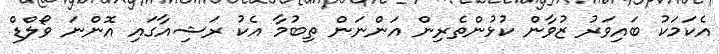
އެކަމަކު ބައިވަރު ޒުވާން ކުޅުންތެރިން އަންނަން ތިބުމާ އެކު ރަޝިއާގައި އޮންނަ ވޯލްޑް